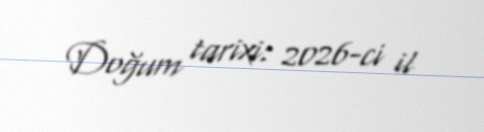
Doğum tarixi: 2026-ci il